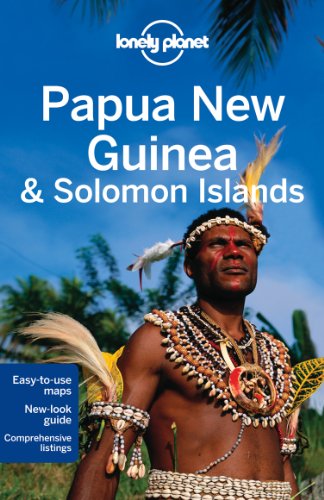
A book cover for Lonely Planet Papua New Guinea & Solomon Islands (Travel Guide); Lonely Planet; Travel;